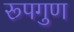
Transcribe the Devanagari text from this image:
रूपगुण